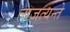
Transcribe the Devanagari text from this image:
त्यजत्यन्ते